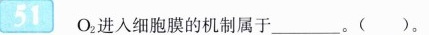
51 O_{2}进入细胞膜的机制属于___。()。